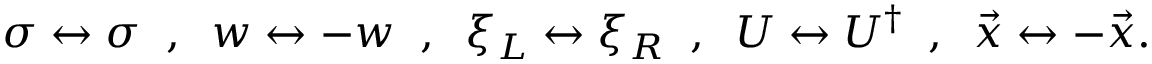
\sigma \leftrightarrow \sigma \; \; , \; \; w \leftrightarrow - w \; \; , \; \; \xi _ { L } \leftrightarrow \xi _ { R } \; \; , \; \; U \leftrightarrow U ^ { \dagger } \; \; , \; \; \vec { x } \leftrightarrow - \vec { x } .